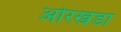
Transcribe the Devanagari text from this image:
ओरखडा